Civil Veterinary Department Bihar reports 1940-50 - 1940-1950
Year: 1940
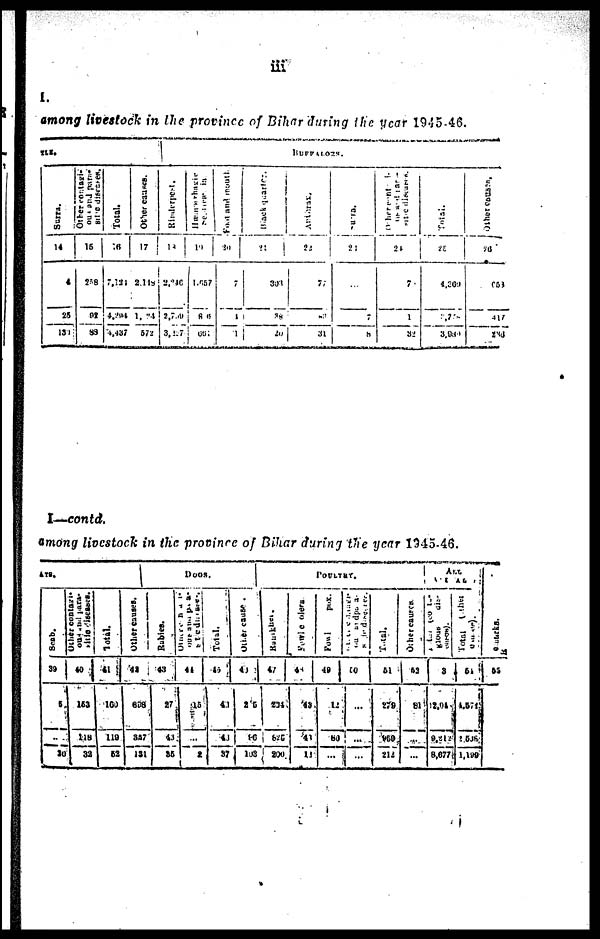
iii
1.
among livestock in the province of Bihar during the year 1945-46.
TLE.
Surra.
14
4
25
131
Other contagi-
ous and para-
15
238
92
88
Total.
16
7,124
4,294
4,437
Other causes.
17
2,148
1, 24
572
BUFFALOES.
Rinderpest.
18
2,246
2,739
3,227
Hæmorrhagic
Septicæmia
19
1,657
86
651
Food and mouth.
20
7
1
1
Black quarter.
21
301
38
20
Artharx.
22
77
80
31
Sura.
23
...
7
8
Other contagi-
ous and para-
sitic diseases.
24
7
1
32
Total.
25
4,369
2,714
3,939
Other causes.
26
053
417
236
among livestock in the province of Bihar during the year 1545-46.
ATS.
Scab.
39
5
...
20
Other contagi-
ous and para-
sitic diseases.
40
153
118
32
Total.
41
100
119
52
Other causes.
42
898
857
134
DOGS..
Rabies.
43
27
43
86
Other contagi-
ous and para-
sitic diseases.
44
45
...
2
Total.
45
46
43
87
Other causes.
46
215
96
103
POULTRY.
Ramkher.
47
234
825
200
Fowle clers
48
49
43
12
Fowl
pox.
49
12
50
...
50
...
...
...
Total.
51
279
950
212
Other causes.
52
81
...
...
ALL
ANIMAL
gious
dis-
53
2,01
9,212
8,677
Total
other
54
4,571
2,508
1,199
Remarks.
55